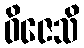
ဝိဇေသိ